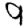
Digit: 9